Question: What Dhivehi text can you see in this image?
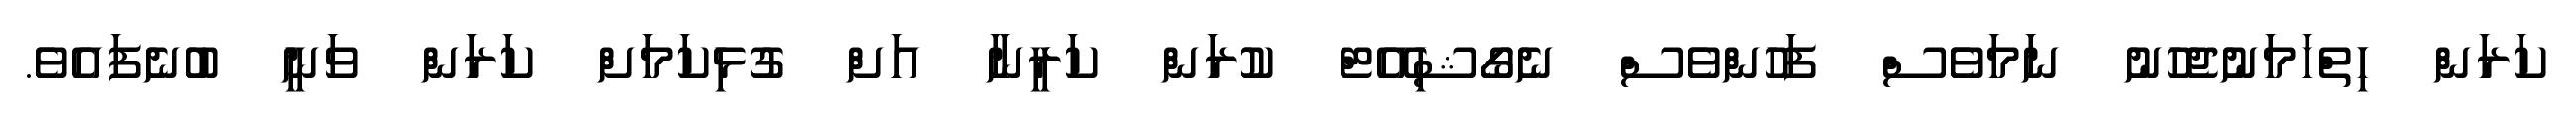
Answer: ކަރަން ހިތްހަމަނުޖެހުނު ނަމަވެސް ފަހުންވެސް ނެގޯޝިއޭޓް ކުރަން ކަރީނާ އަށް ގުޅިކަމަށް ކަރަން ވަނީ ބުނެފައެވެ.